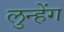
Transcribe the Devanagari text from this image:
लुन्हेंग